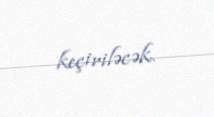
keçiriləcək.